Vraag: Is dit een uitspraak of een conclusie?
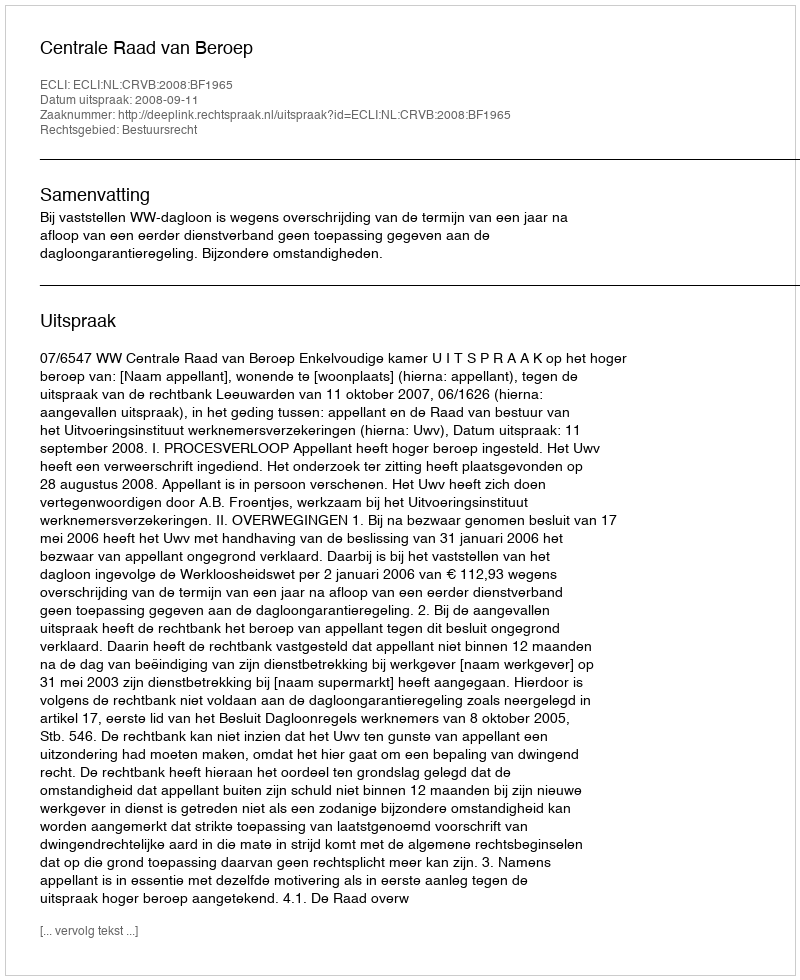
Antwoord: Uitspraak